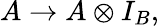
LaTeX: A\rightarrow A\otimes I_{B},